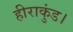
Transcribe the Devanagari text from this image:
हीराकुंड।